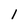
Character: l